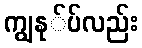
ကျွနု်ပ်လည်း